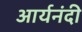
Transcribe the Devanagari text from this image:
आर्यनंदी